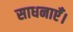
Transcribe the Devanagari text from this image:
साधनाएँ।